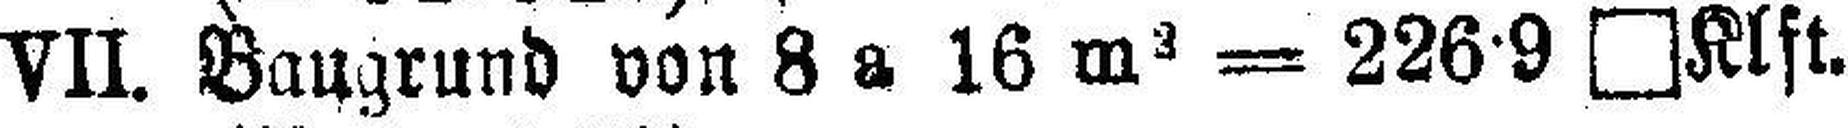
VII. Baugrund von 8 a 16 m2 = 226·9 □Klft.